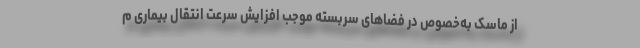
از ماسک به‌خصوص در فضاهای سربسته موجب افزایش سرعت انتقال بیماری م